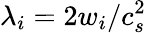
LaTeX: \lambda_{i}=2w_{i}/c_{s}^{2}